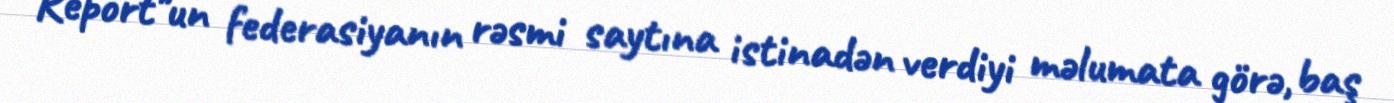
Report"un federasiyanın rəsmi saytına istinadən verdiyi məlumata görə, baş